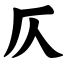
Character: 仄